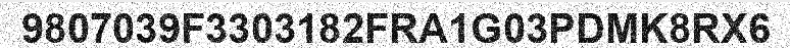
9807039F3303182FRA1G03PDMK8RX6